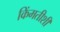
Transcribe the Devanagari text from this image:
किंमतीशी